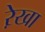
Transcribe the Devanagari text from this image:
रे़खा